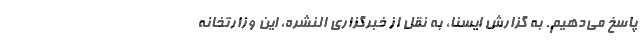
پاسخ می‌دهیم. به گزارش ایسنا، به نقل از خبرگزاری النشره، این وزارتخانه